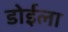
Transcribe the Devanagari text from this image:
डोईला